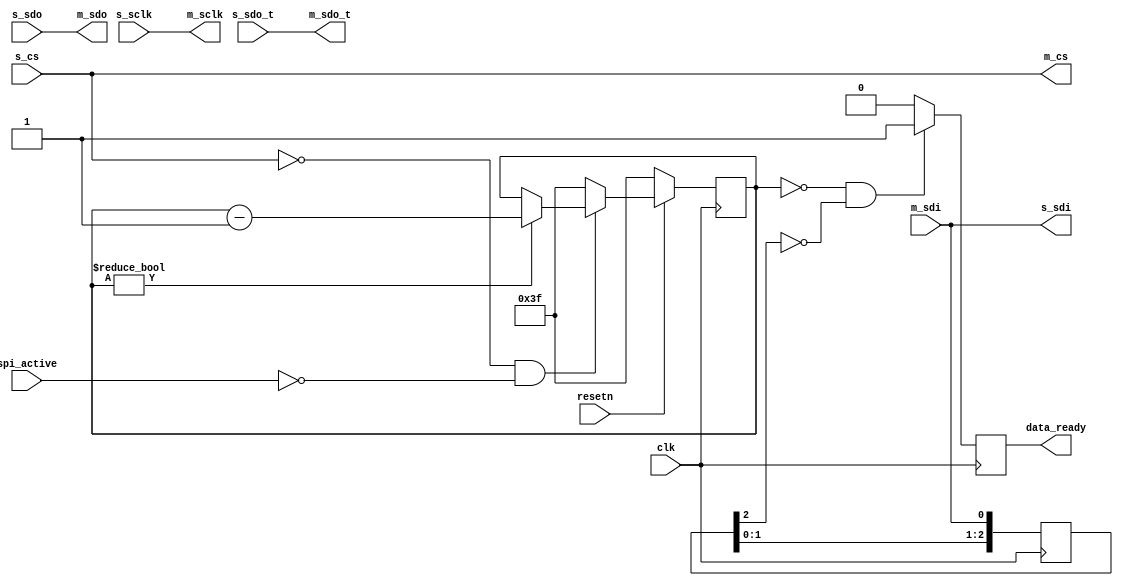
// ***************************************************************************
// ***************************************************************************
// Copyright 2014 - 2017 (c) Analog Devices, Inc. All rights reserved.
//
// In this HDL repository, there are many different and unique modules, consisting
// of various HDL (Verilog or VHDL) components. The individual modules are
// developed independently, and may be accompanied by separate and unique license
// terms.
//
// The user should read each of these license terms, and understand the
// freedoms and responsibilities that he or she has by using this source/core.
//
// This core is distributed in the hope that it will be useful, but WITHOUT ANY
// WARRANTY; without even the implied warranty of MERCHANTABILITY or FITNESS FOR
// A PARTICULAR PURPOSE.
//
// Redistribution and use of source or resulting binaries, with or without modification
// of this file, are permitted under one of the following two license terms:
//
//   1. The GNU General Public License version 2 as published by the
//      Free Software Foundation, which can be found in the top level directory
//      of this repository (LICENSE_GPL2), and also online at:
//      <https://www.gnu.org/licenses/old-licenses/gpl-2.0.html>
//
// OR
//
//   2. An ADI specific BSD license, which can be found in the top level directory
//      of this repository (LICENSE_ADIBSD), and also on-line at:
//      https://github.com/analogdevicesinc/hdl/blob/master/LICENSE_ADIBSD
//      This will allow to generate bit files and not release the source code,
//      as long as it attaches to an ADI device.
//
// ***************************************************************************
// ***************************************************************************

`timescale 1ns/100ps

module util_sigma_delta_spi #(

  parameter NUM_OF_CS = 1,
  parameter CS_PIN = 0,
  parameter IDLE_TIMEOUT = 63 ) (

  input clk,
  input resetn,

  input spi_active,

  input s_sclk,
  input s_sdo,
  input s_sdo_t,
  output s_sdi,
  input [NUM_OF_CS-1:0] s_cs,

  output m_sclk,
  output m_sdo,
  output m_sdo_t,
  input m_sdi,
  output [NUM_OF_CS-1:0] m_cs,

  output reg data_ready);

/*
 * For converters from the ADI SigmaDelta family the data ready interrupt signal
 * uses the same physical wire as the the DOUT signal for the SPI bus. This
 * module extracts the data ready signal from the SPI bus and makes sure to
 * suppress false positives. The data ready signal is indicated by the converter
 * by pulling DOUT low. This will only happen if the CS pin for the converter is
 * low and no SPI transfer is active. There is a small delay between the end of
 * the SPI transfer and the point where the converter starts to indicate the
 * data ready signal. IDLE_TIMEOUT allows to specify the amount of clock cycles
 * the bus needs to be idle before the data ready signal is detected.
 */

assign m_sclk = s_sclk;
assign m_sdo = s_sdo;
assign m_sdo_t = s_sdo_t;
assign s_sdi = m_sdi;
assign m_cs = s_cs;

reg [$clog2(IDLE_TIMEOUT)-1:0] counter = IDLE_TIMEOUT;
reg [2:0] sdi_d = 'h00;

always @(posedge clk) begin
  if (resetn == 1'b0) begin
    counter <= IDLE_TIMEOUT;
  end else begin
    if (s_cs[CS_PIN] == 1'b0 && spi_active == 1'b0) begin
      if (counter != 'h00)
        counter <= counter - 1'b1;
    end else begin
      counter <= IDLE_TIMEOUT;
    end
  end
end

always @(posedge clk) begin
  /* The data ready signal is fully asynchronous */
  sdi_d <= {sdi_d[1:0], m_sdi};
end

always @(posedge clk) begin
  if (counter == 'h00 && sdi_d[2] == 1'b0) begin
    data_ready <= 1'b1;
  end else begin
    data_ready <= 1'b0;
  end
end

endmodule